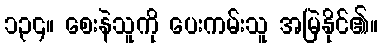
၁၃၄။ စေးနဲသူကို ပေးကမ်းသူ အမြဲနိုင်၏။